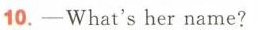
10. —— What's her name?